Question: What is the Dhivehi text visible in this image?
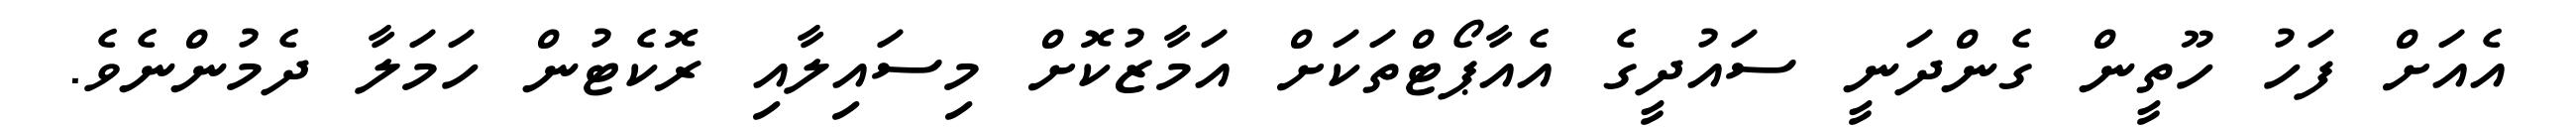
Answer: އެއަށް ފަހު ހޫތީން ގެންދަނީ ސައުދީގެ އެއާޕޯޓްތަކަށް އަމާޒުކޮށް މިސައިލާއި ރޮކެޓުން ހަމަލާ ދެމުންނެވެ.